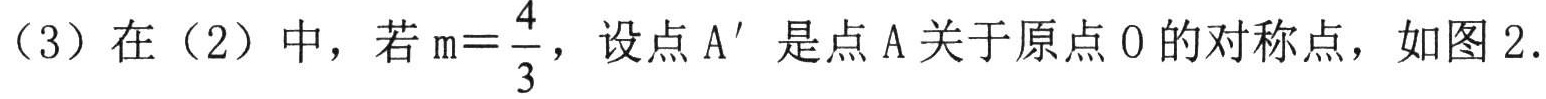
（3）在（2）中，若\(m = \frac{4}{3}\)，设点\(A'\)是点\(A\)关于原点\(O\)的对称点，如图2.